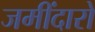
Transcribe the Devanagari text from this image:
जमींदारो